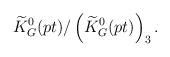
LaTeX: \begin{align*}\widetilde{K}^0_G(pt)/\left(\widetilde{K}^0_G(pt)\right)_3.\end{align*}